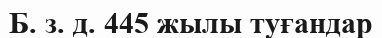
Б. з. д. 445 жылы туғандар